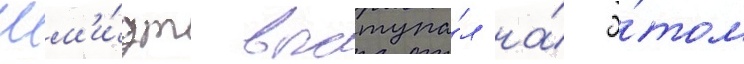
Шм'и́дт выступа́л на́ э́том